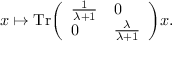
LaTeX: x \mapsto \mathrm { { T r } } { \left( \begin{array} { l l } { { \frac { 1 } { \lambda + 1 } } } & { 0 } \\ { 0 } & { { \frac { \lambda } { \lambda + 1 } } } \end{array} \right) } x .